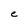
Character: e